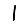
Digit: 1